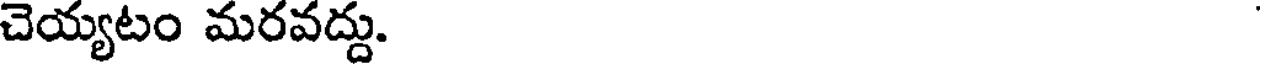
చెయ్యటం మరవద్దు.